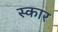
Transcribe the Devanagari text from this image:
स्‍कार